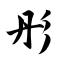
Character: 彤